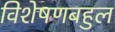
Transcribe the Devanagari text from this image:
विशेषणबहुल